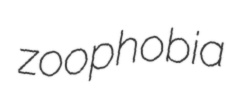
zoophobia